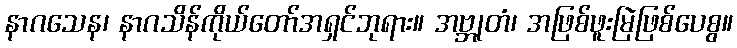
နာဂသေန၊ နာဂသိန်ကိုယ်တော်အရှင်ဘုရား။ အဗ္ဘုတံ၊ အဖြစ်ဖူးမြဲဖြစ်ပေစွ။